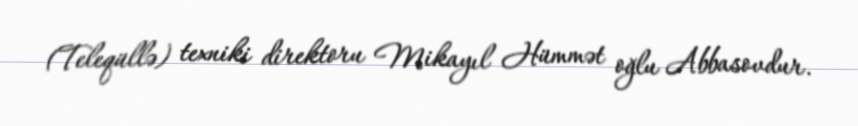
(Teleqüllə) texniki direktoru Mikayıl Hümmət oğlu Abbasovdur.